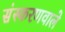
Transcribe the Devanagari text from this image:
संस्करणवाले